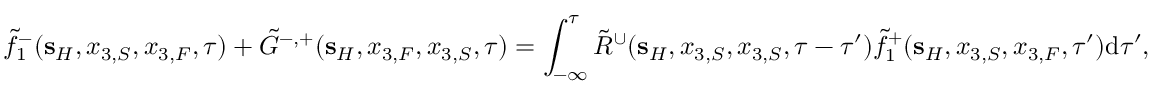
\tilde { f } _ { 1 } ^ { - } ( { \bf s } _ { H } , x _ { 3 , S } , x _ { 3 , F } , \tau ) + \tilde { G } ^ { - , + } ( { \bf s } _ { H } , x _ { 3 , F } , x _ { 3 , S } , \tau ) = \int _ { - \infty } ^ { \tau } \tilde { R } ^ { \cup } ( { \bf s } _ { H } , x _ { 3 , S } , x _ { 3 , S } , \tau - \tau ^ { \prime } ) \tilde { f } _ { 1 } ^ { + } ( { \bf s } _ { H } , x _ { 3 , S } , x _ { 3 , F } , \tau ^ { \prime } ) \mathrm { d } \tau ^ { \prime } ,